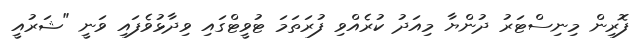
ފޮރިން މިނިސްޓަރު ދުންޔާ މިއަދު ކުރެއްވި ފުރަތަމަ ޓުވީޓްގައި ވިދާޅުވެފައި ވަނީ "ޝަރުއީ